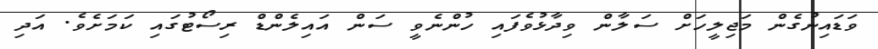
ވަޑައިނުގެން މަޖިލީހަށް ސަލާން ވިދާޅުވެފައި ހުންނެވީ ސަން އައިލެންޑް ރިސޯޓުގައި ކަމަށެވެ. އަދި